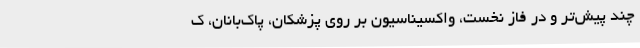
چند پیش‌تر و در فاز نخست، واکسیناسیون بر روی پزشکان، پاک‌بانان، ک